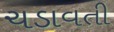
ચડાવતી